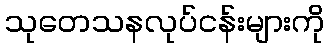
သုတေသနလုပ်ငန်းများကို